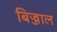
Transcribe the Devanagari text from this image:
बिज्जाल